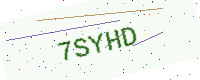
Text: 7SYHD